65_HS1-834228961_62-HQ-83894_Section_1
Agency: FBI
Page 141
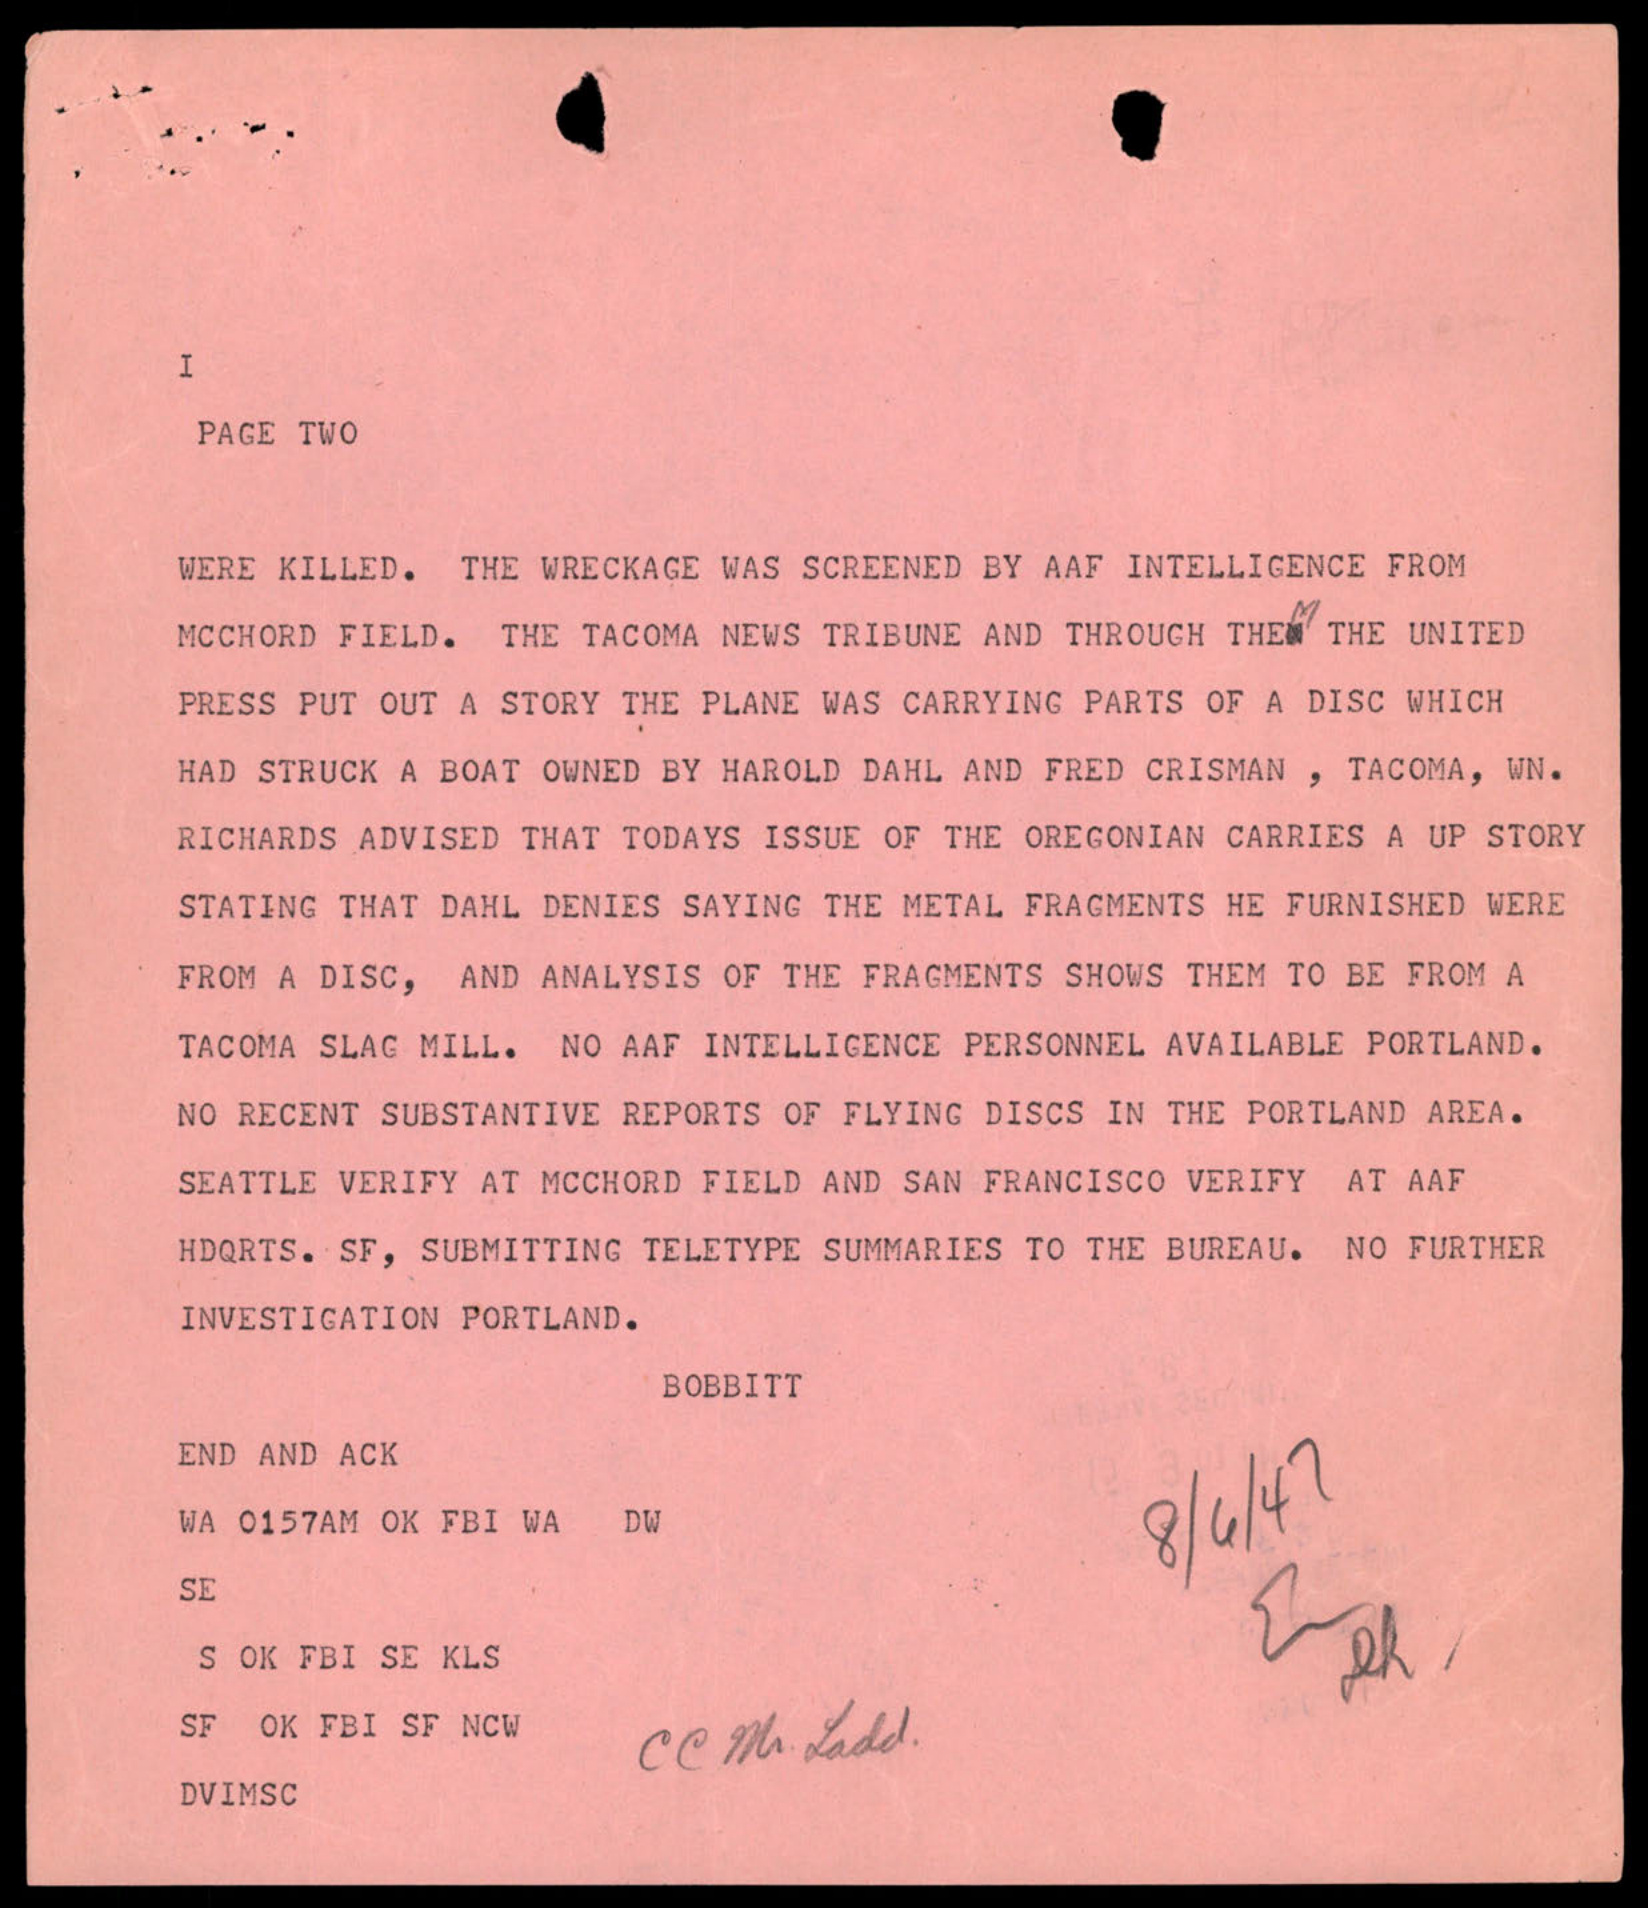